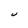
Character: U